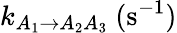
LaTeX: k_{A_{1}\rightarrow A_{2}A_{3}}~(\mathrm{s}^{-1})